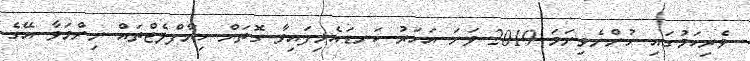
ވެރިކަމުގައި ހުންނެވިނަމަ 2019 ވަނަ އަހަރު ކަނޑައެޅިފައިވާ ގޮތަށް ހިޔާފްލެޓްތައް ނިންމަވާ އޭގެ